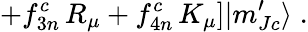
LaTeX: \left.+f_{3n}^{c}\, R_{\mu}+f_{4n}^{c}\, K_{\mu}\right]|m_{Jc}^{\prime}\rangle\; .